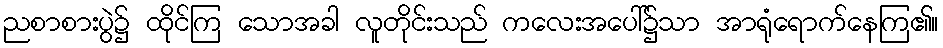
ညစာစားပွဲ၌ ထိုင်ကြ သောအခါ လူတိုင်းသည် ကလေးအပေါ်၌သာ အာရုံရောက်နေကြ၏။